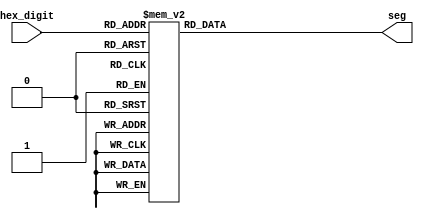
module hex_7seg(hex_digit,seg);
input [3:0] hex_digit;
output [6:0] seg;
reg [6:0] seg;
// seg = {g,f,e,d,c,b,a};
// 0 is on and 1 is off

always @ (hex_digit)
case (hex_digit)
		4'h0: seg = 7'b1000000;
		4'h1: seg = 7'b1111001; 	// ---a----
		4'h2: seg = 7'b0100100; 	// |	  |
		4'h3: seg = 7'b0110000; 	// f	  b
		4'h4: seg = 7'b0011001; 	// |	  |
		4'h5: seg = 7'b0010010; 	// ---g----
		4'h6: seg = 7'b0000010; 	// |	  |
		4'h7: seg = 7'b1111000; 	// e	  c
		4'h8: seg = 7'b0000000; 	// |	  |
		4'h9: seg = 7'b0011000; 	// ---d----
		4'ha: seg = 7'b0001000;
		4'hb: seg = 7'b0000011;
		4'hc: seg = 7'b1000110;
		4'hd: seg = 7'b0100001;
		4'he: seg = 7'b0000110;
		4'hf: seg = 7'b0001110;
endcase

endmodule